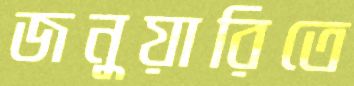
জনুয়ারিতে